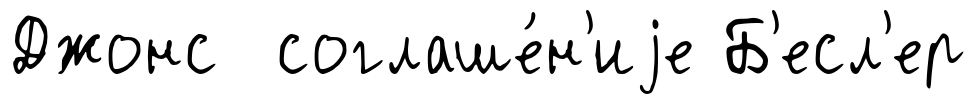
Джонс соглаше́н'иjе Б'есл'ер